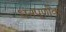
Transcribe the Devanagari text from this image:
धनपूर्णांक